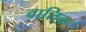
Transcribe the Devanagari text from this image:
बालिक़